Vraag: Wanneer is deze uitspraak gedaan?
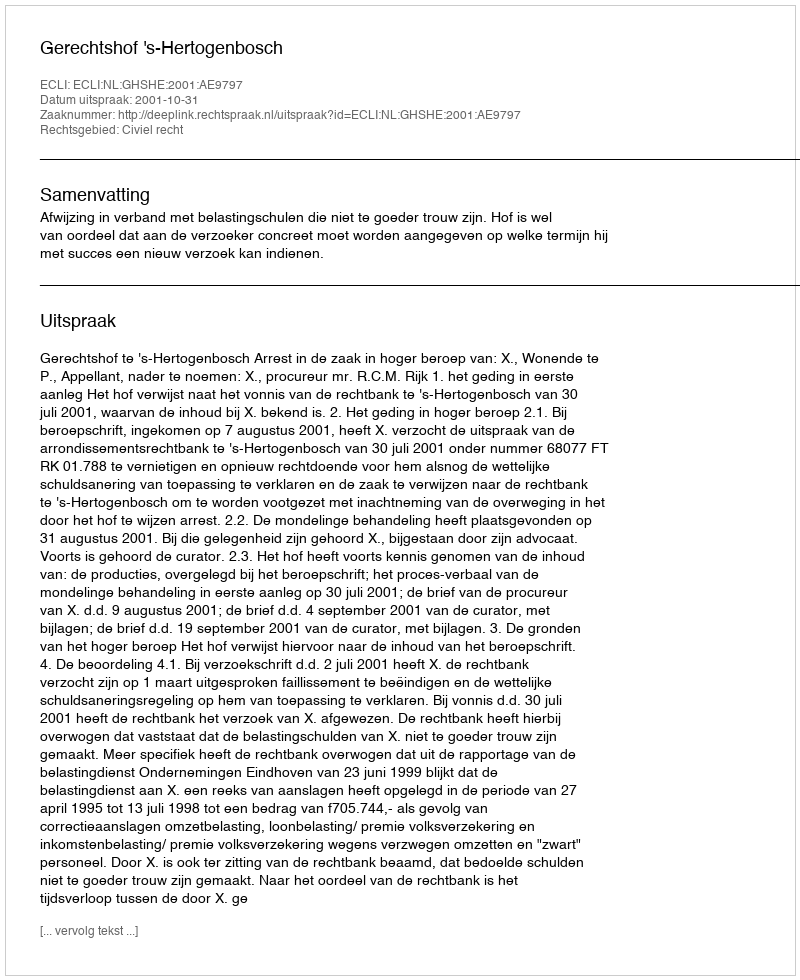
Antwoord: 2001-10-31